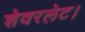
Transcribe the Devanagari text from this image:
शेवरलेट।